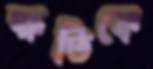
ক্ষতিকে